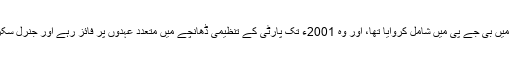
آر ایس ایس نے انہیں 1985ء میں بی جے پی میں شامل کروایا تھا، اور وہ 2001ء تک پارٹی کے تنظیمی ڈھانچے میں متعدد عہدوں پر فائز رہے اور جنرل سکریٹری کے عہدے تک پہنچے۔